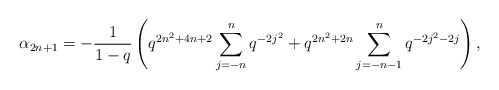
\begin{align*} \alpha_{2n+1} = -\frac{1}{1-q}\left(q^{2n^2+4n+2}\sum_{j=-n}^{n} q^{-2j^2} + q^{2n^2+2n}\sum_{j=-n-1}^n q^{-2j^2-2j}\right),\end{align*}